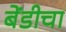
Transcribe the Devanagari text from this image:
बेंडीचा